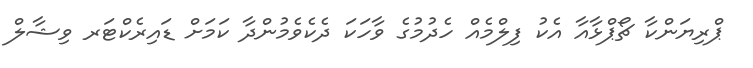
ޕްރިޔަންކާ ޗޯޕްޅާއާ އެކު ފިލްމެއް ހެދުމުގެ ވާހަކަ ދެކެވެމުންދާ ކަމަށް ޑައިރެކްޓަރ ވިޝާލް